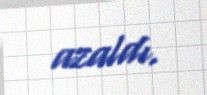
azaldı.